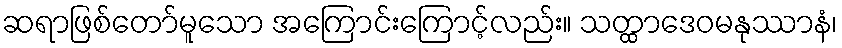
ဆရာဖြစ်တော်မူသော အကြောင်းကြောင့်လည်း။ သတ္ထာဒေဝမနုဿာနံ၊